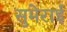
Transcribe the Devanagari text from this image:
सुमेराई